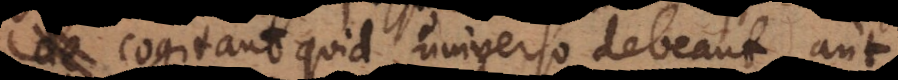
cogitant quid universo debeant, aut